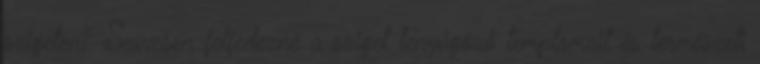
szigeten? Szívesen felfedezné a sziget lenyűgöző templomait és természeti